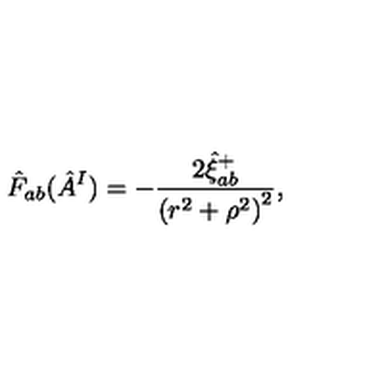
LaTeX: \hat { F } _ { a b } ( \hat { A } _ { } ^ { I } ) = - \frac { 2 \hat { \xi } _ { a b } ^ { + } } { \left( r ^ { 2 } + \rho ^ { 2 } \right) ^ { 2 } } ,